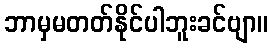
ဘာမှမတတ်နိုင်ပါဘူးခင်ဗျာ။